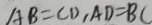
A B = C D , A D = B C